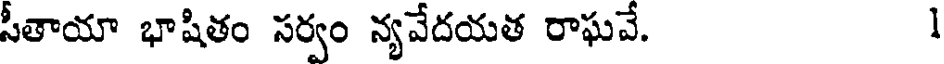
సీతాయా భాషితం సర్వం న్యవేదయత రాఘవే. 1